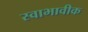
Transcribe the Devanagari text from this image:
स्वाभावीक